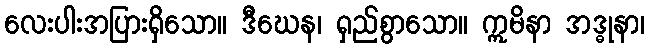
လေးပါးအပြားရှိသော။ ဒီဃေန၊ ရှည်စွာသော။ ဣမိနာ အဒ္ဓုနာ၊